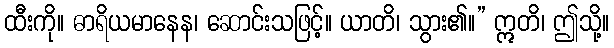
ထီးကို။ ဓာရိယမာနေန၊ ဆောင်းသဖြင့်။ ယာတိ၊ သွား၏။” ဣတိ၊ ဤသို့။